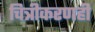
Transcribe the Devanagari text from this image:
चित्रीकरणही